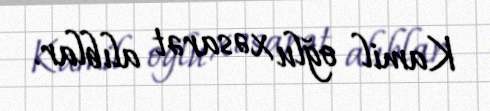
Kamil oğlu xəsarət alıblar.